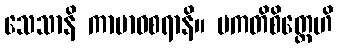
သေသာနိ ကာမာဝစရာနိ။ ပကတိစိတ္တေဟိ